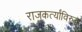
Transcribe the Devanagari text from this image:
राजकर्त्यांविरुद्ध